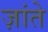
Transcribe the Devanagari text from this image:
ज़ांते